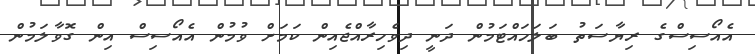
އެއޯސިސްގެ ރިޔާސަތު ބަލަހައްޓަމުން ދަނީ ދިވެހިރާއްޖެއިން ކަމަށް ވުމުން އެއޯސިސް އިން ގޮވާލަމުން